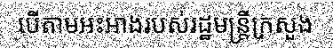
បើតាមអះអាងរបស់រដ្ឋមន្ត្រីក្រសួង